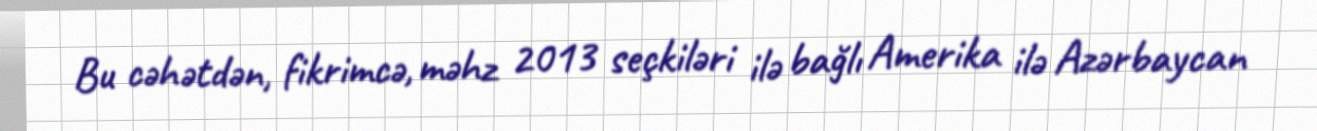
Bu cəhətdən, fikrimcə, məhz 2013 seçkiləri ilə bağlı Amerika ilə Azərbaycan